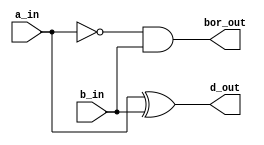
//// HALF SUBSCTRACTOR ////
module half_sub(a_in, b_in, d_out, bor_out);
input   a_in, b_in;
output  d_out, bor_out;

assign  d_out =   a_in ^ b_in;
assign  bor_out = ! a_in & b_in;  
  
endmodule

//// FULL SUBSCTRACTOR ////
module full_sub(a_in, b_in, bor_in, d_out, bor_out);
  input   a_in, b_in, bor_in;
  output  d_out, bor_out;
  
  wire  bor_out_1, d_out_1, bor_out_2;
  
  half_sub half_sub_1(  .a_in(a_in),
                        .b_in(b_in),
                        .d_out(d_out_1),
                        .bor_out(bor_out_1)
                        );
  half_sub half_sub_2(  .a_in(d_out_1),
                        .b_in(bor_in),
                        .d_out(d_out),
                        .bor_out(bor_out_2)
                        );
                        
  assign bor_out = bor_out_1 | bor_out_2;
  
endmodule

//// FULL 4 BITS SUBSCTRACTOR ////
module four_bits_sub(a_in, b_in, bor_in, d_out, bor_out);
  
  input   [3:0] a_in, b_in;
  input         bor_in;
  
  output  [3:0] d_out;
  output        bor_out;
  
  wire    [3:0] bor;
  
  assign  bor_out = bor[3];
  
  full_sub full_sub_1(.a_in(a_in[0]), 
                      .b_in(b_in[0]), 
                      .bor_in(bor_in), 
                      .d_out(d_out[0]), 
                      .bor_out(bor[0])
                      );

  full_sub full_sub_2(.a_in(a_in[1]), 
                      .b_in(b_in[1]), 
                      .bor_in(bor[0]), 
                      .d_out(d_out[1]), 
                      .bor_out(bor[1])
                      );

  full_sub full_sub_3(.a_in(a_in[2]), 
                      .b_in(b_in[2]), 
                      .bor_in(bor[1]), 
                      .d_out(d_out[2]), 
                      .bor_out(bor[2])
                      );

  full_sub full_sub_4(.a_in(a_in[3]), 
                      .b_in(b_in[3]), 
                      .bor_in(bor[2]), 
                      .d_out(d_out[3]), 
                      .bor_out(bor[3])
                      );
endmodule